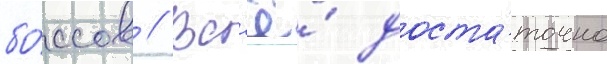
бо́ссов // Вс'ё́ доста́точно